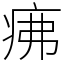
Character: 疿